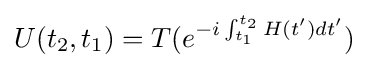
U(t_{2},t_{1})=T(e^{-i\int _{t_{1}}^{t_{2}}H(t')dt'})